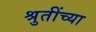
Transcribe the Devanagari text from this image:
श्रुतींच्या